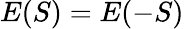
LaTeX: E(S)=E(-S)